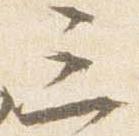
三